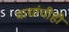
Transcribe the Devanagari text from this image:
वाद्यांचीही